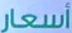
أسعار